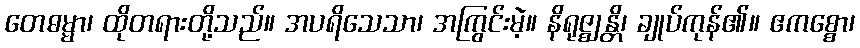
တေဓမ္မာ၊ ထိုတရားတို့သည်။ အပရိသေသာ၊ အကြွင်းမဲ့။ နိရုဇ္ဈန္တိ၊ ချုပ်ကုန်၏။ ဧကစ္စော၊